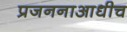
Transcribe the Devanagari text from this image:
प्रजननाआधीच